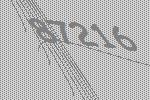
87216